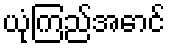
ယုံကြည်အောင်